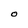
Character: O